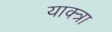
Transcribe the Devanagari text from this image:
याक्त्रा